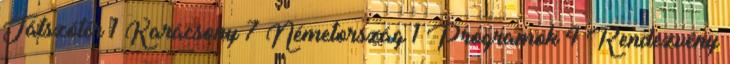
Játszótér 1 Karácsony 7 Németország 1 Programok 4 Rendezvény